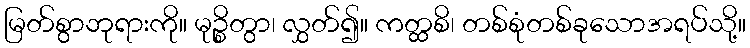
မြတ်စွာဘုရားကို။ မုဉ္စိတွာ၊ လွှတ်၍။ ကတ္ထစိ၊ တစ်စုံတစ်ခုသောအရပ်သို့။